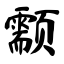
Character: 颥